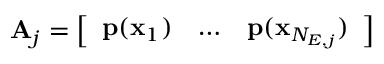
\mathbf { A } _ { j } = \left[ \begin{array} { l l l } { \mathbf { p } ( \mathbf { x } _ { 1 } ) } & { \ldots } & { \mathbf { p } ( \mathbf { x } _ { N _ { E , j } } ) } \end{array} \right]